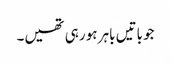
جو باتیں باہر ہو رہی تھیں۔